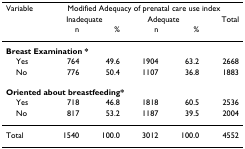
| Variable | <COLSPAN=5> Modified Adequacy of prenatal care use index |
 |  | <COLSPAN=2> Inadequate | <COLSPAN=2> Adequate | Total |
 |  | n | % | n | % |  |
 | --- | --- | --- | --- | --- | --- |
 | <COLSPAN=6> Breast Examination * |
 | Yes | 764 | 49.6 | 1904 | 63.2 | 2668 |
 | No | 776 | 50.4 | 1107 | 36.8 | 1883 |
 | <COLSPAN=6> Oriented about breastfeeding* |
 | Yes | 718 | 46.8 | 1818 | 60.5 | 2536 |
 | No | 817 | 53.2 | 1187 | 39.5 | 2004 |
 | Total | 1540 | 100.0 | 3012 | 100.0 | 4552 |